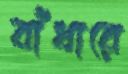
বাঁধারে